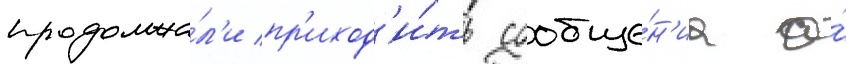
продолжа́л'и пр'иход'и́ть сообще́н'иа о́